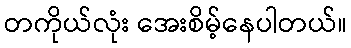
တကိုယ်လုံး အေးစိမ့်နေပါတယ်။